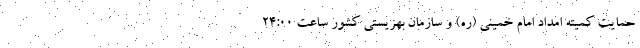
حمایت کمیته امداد امام خمینی (ره) و سازمان بهزیستی کشور ساعت 24:00